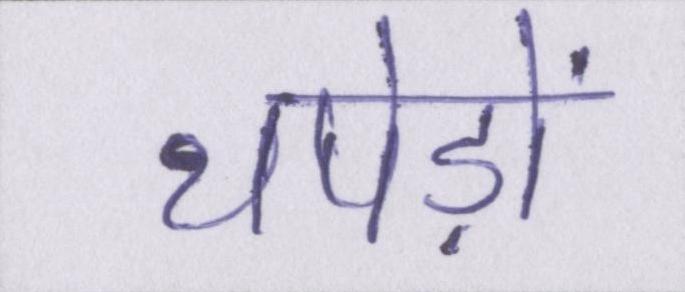
थपेड़ों